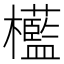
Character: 𣠩